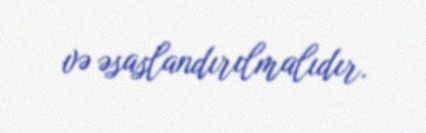
və əsaslandırılmalıdır.